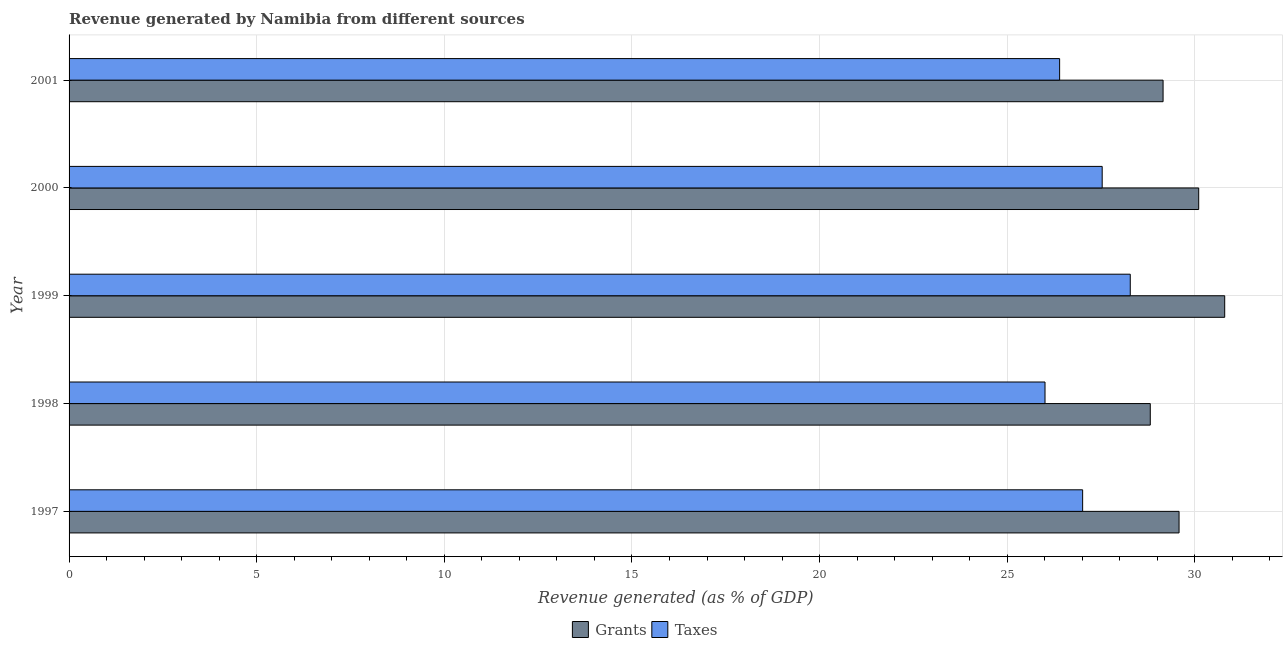
| Year | Grants | Taxes |
 | --- | --- | --- |
 | 1997 | 29.6 | 27 |
 | 1998 | 28.8 | 26 |
 | 1999 | 30.8 | 28.3 |
 | 2000 | 30.1 | 27.5 |
 | 2001 | 29.2 | 26.4 |